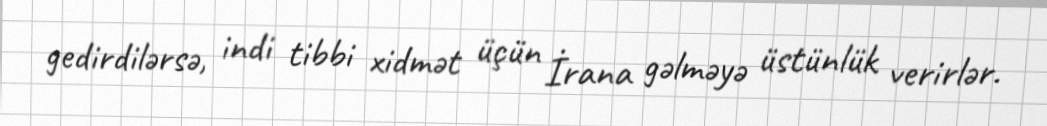
gedirdilərsə, indi tibbi xidmət üçün İrana gəlməyə üstünlük verirlər.